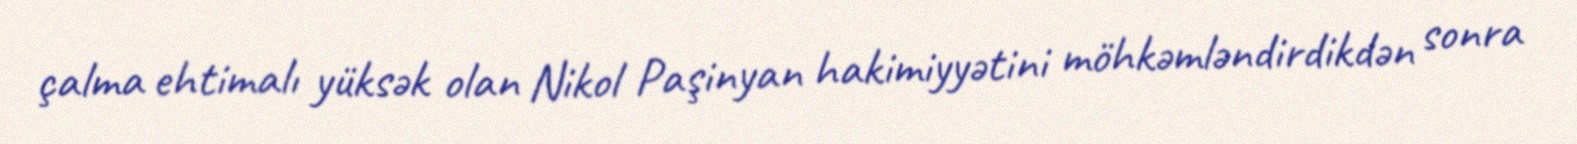
çalma ehtimalı yüksək olan Nikol Paşinyan hakimiyyətini möhkəmləndirdikdən sonra